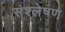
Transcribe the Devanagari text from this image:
संश्‍लेषण